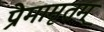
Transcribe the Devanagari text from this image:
प्रेमामृतम्